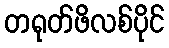
တရုတ်ဖိလစ်ပိုင်